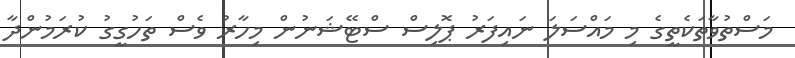
މަސްތުވާތަކެތީގެ މި މައްސަލަ ނައިފަރު ޕޮލިސް ސްޓޭޝަނުން މިހާރު ވެސް ތަހުގީގު ކުރަމުންދާ